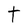
Character: t